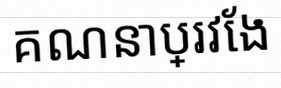
គណនាប្រវែង